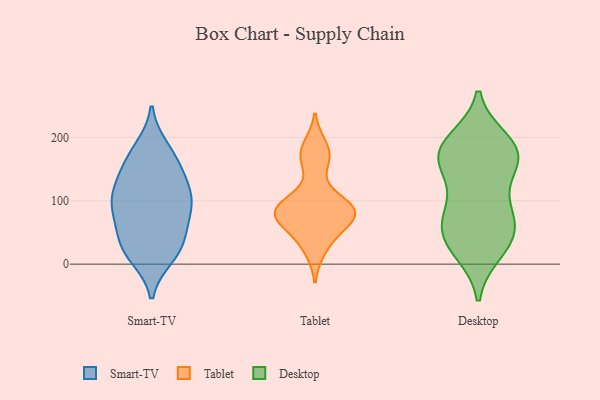
{"axis": {"x": "Customer Acquisition Cost (USD)", "y": "Value"}, "legend": ["Desktop", "Smart-TV", "Tablet"], "data": [{"x": "", "y": 182, "type": "Smart-TV"}, {"x": "", "y": 102, "type": "Smart-TV"}, {"x": "", "y": 116, "type": "Smart-TV"}, {"x": "", "y": 167, "type": "Smart-TV"}, {"x": "", "y": 13, "type": "Smart-TV"}, {"x": "", "y": 77, "type": "Smart-TV"}, {"x": "", "y": 91, "type": "Smart-TV"}, {"x": "", "y": 25, "type": "Smart-TV"}, {"x": "", "y": 79, "type": "Smart-TV"}, {"x": "", "y": 32, "type": "Smart-TV"}, {"x": "", "y": 21, "type": "Smart-TV"}, {"x": "", "y": 131, "type": "Smart-TV"}, {"x": "", "y": 134, "type": "Smart-TV"}, {"x": "", "y": 166, "type": "Smart-TV"}, {"x": "", "y": 98, "type": "Smart-TV"}, {"x": "", "y": 47, "type": "Smart-TV"}, {"x": "", "y": 87, "type": "Tablet"}, {"x": "", "y": 88, "type": "Tablet"}, {"x": "", "y": 158, "type": "Tablet"}, {"x": "", "y": 20, "type": "Tablet"}, {"x": "", "y": 172, "type": "Tablet"}, {"x": "", "y": 90, "type": "Tablet"}, {"x": "", "y": 45, "type": "Tablet"}, {"x": "", "y": 71, "type": "Tablet"}, {"x": "", "y": 107, "type": "Tablet"}, {"x": "", "y": 189, "type": "Tablet"}, {"x": "", "y": 74, "type": "Tablet"}, {"x": "", "y": 85, "type": "Tablet"}, {"x": "", "y": 60, "type": "Tablet"}, {"x": "", "y": 178, "type": "Desktop"}, {"x": "", "y": 164, "type": "Desktop"}, {"x": "", "y": 168, "type": "Desktop"}, {"x": "", "y": 89, "type": "Desktop"}, {"x": "", "y": 76, "type": "Desktop"}, {"x": "", "y": 23, "type": "Desktop"}, {"x": "", "y": 65, "type": "Desktop"}, {"x": "", "y": 153, "type": "Desktop"}, {"x": "", "y": 194, "type": "Desktop"}, {"x": "", "y": 84, "type": "Desktop"}, {"x": "", "y": 43, "type": "Desktop"}, {"x": "", "y": 56, "type": "Desktop"}, {"x": "", "y": 136, "type": "Desktop"}, {"x": "", "y": 35, "type": "Desktop"}, {"x": "", "y": 196, "type": "Desktop"}, {"x": "", "y": 19, "type": "Desktop"}, {"x": "", "y": 184, "type": "Desktop"}, {"x": "", "y": 169, "type": "Desktop"}]}